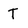
Character: T